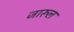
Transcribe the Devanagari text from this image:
जारूल